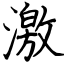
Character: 激